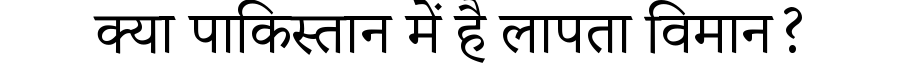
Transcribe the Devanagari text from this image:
क्या पाकिस्तान में है लापता विमान?